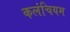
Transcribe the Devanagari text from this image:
कलंचियम